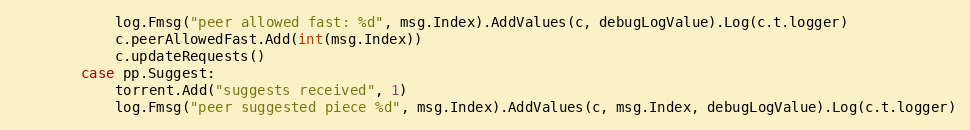
Language: Go
			log.Fmsg("peer allowed fast: %d", msg.Index).AddValues(c, debugLogValue).Log(c.t.logger)
			c.peerAllowedFast.Add(int(msg.Index))
			c.updateRequests()
		case pp.Suggest:
			torrent.Add("suggests received", 1)
			log.Fmsg("peer suggested piece %d", msg.Index).AddValues(c, msg.Index, debugLogValue).Log(c.t.logger)